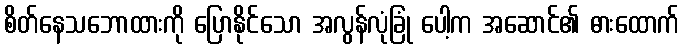
စိတ်နေသဘောထားကို ပြောနိုင်သော အလွန်လုံခြုံ ပေါ့က အဆောင်၏ ဓားထောက်